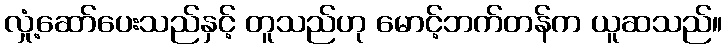
လှုံ့ဆော်ပေးသည်နှင့် တူသည်ဟု မောင့်ဘက်တန်က ယူဆသည်။